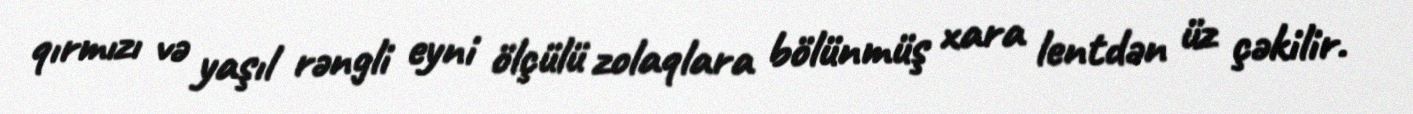
qırmızı və yaşıl rəngli eyni ölçülü zolaqlara bölünmüş xara lentdən üz çəkilir.